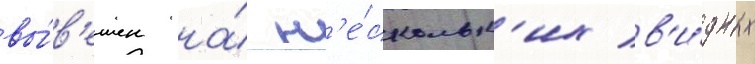
вы́в'ешен на́ н'е́скольк'их в'и́дных